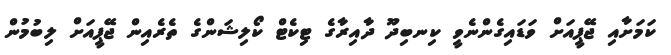
ކަމަށާއި ޖޭޕީއަށް ވަޑައިގެންނެވީ ކިނބިދޫ ދާއިރާގެ ޓިކެޓް ކޯލިޝަންގެ ތެރެއިން ޖޭޕީއަށް ލިބުމުން